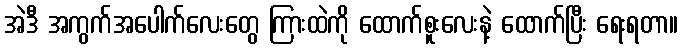
အဲဒီ အကွက်အပေါက်လေးတွေ ကြားထဲကို ထောက်စူးလေးနဲ့ ထောက်ပြီး ရေးရတာ။